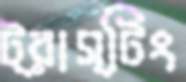
ট্রাস্টিং